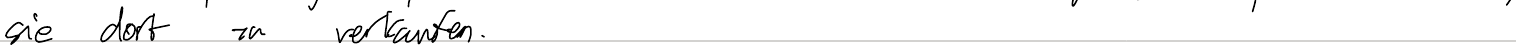
sie dort zu verkaufen.